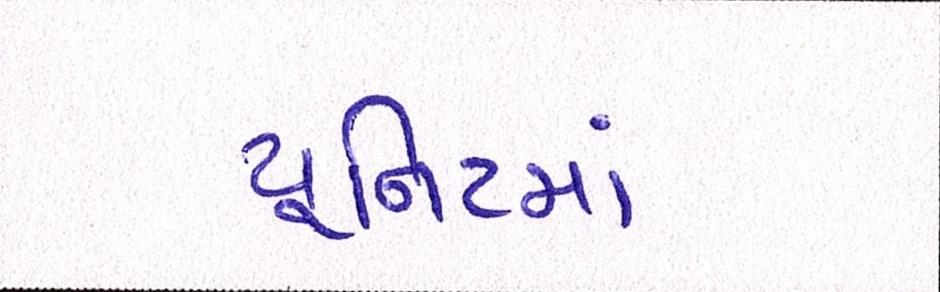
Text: યૂનિટમાં